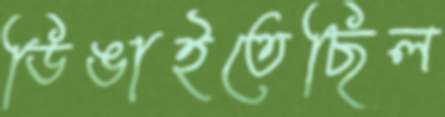
ডিঙাইতেছিল